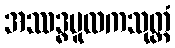
အဿဒ္ဓမူလကသုတ္တံ